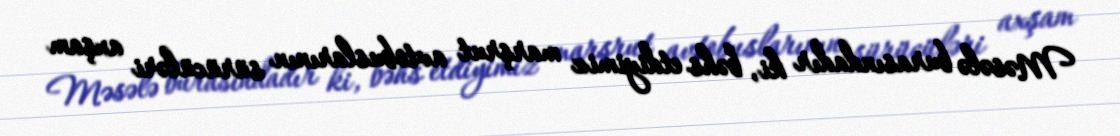
Məsələ burasındadır ki, bəhs etdiyimiz marşrut avtobuslarının sürücüləri axşam